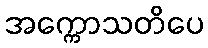
အက္ကောသတိပေ